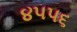
૪૫૫૬